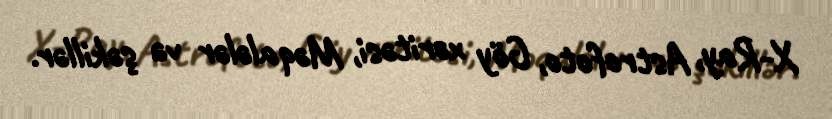
X-Ray, Astrofoto, Göy xəritəsi, Məqalələr və şəkillər.